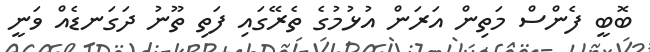
ބޮބީ ފެންސް މަތިން އަރަން އުޅުމުގެ ތެރޭގައި ފަތި ތޫނު ދަގަނޑެއް ވަނީ